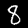
Digit: 8